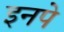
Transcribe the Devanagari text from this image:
इनपे